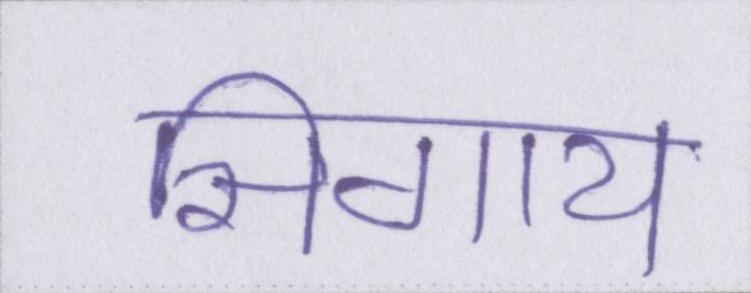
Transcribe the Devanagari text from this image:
सिगाय